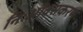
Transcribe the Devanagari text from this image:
निःऑक्सकरण